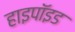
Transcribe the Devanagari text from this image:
हाइपॉइड